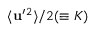
\langle { { \bf { u } } ^ { \prime } { } ^ { 2 } } \rangle / 2 ( \equiv K )